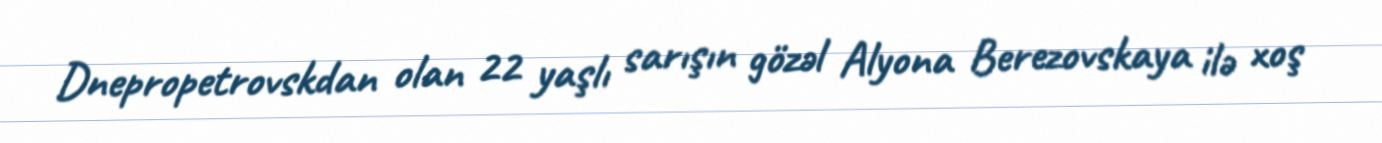
Dnepropetrovskdan olan 22 yaşlı sarışın gözəl Alyona Berezovskaya ilə xoş